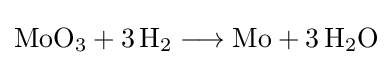
{\mathrm {MoO} {\vphantom {A}}_{\smash[{t}]{3}}{}+{}3\,\mathrm {H} {\vphantom {A}}_{\smash[{t}]{2}}{}\mathrel {\longrightarrow } {}\mathrm {Mo} {}+{}3\,\mathrm {H} {\vphantom {A}}_{\smash[{t}]{2}}\mathrm {O} }